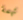
تهمة